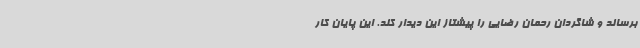
برساند و شاگردان رحمان رضایی را پیشتاز این دیدار کند. این پایان کار